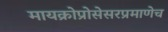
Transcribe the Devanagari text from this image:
मायक्रोप्रोसेसरप्रमाणेच